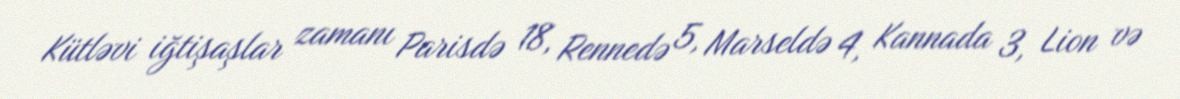
Kütləvi iğtişaşlar zamanı Parisdə 18, Rennedə 5, Marseldə 4, Kannada 3, Lion və